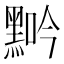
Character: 𪑑